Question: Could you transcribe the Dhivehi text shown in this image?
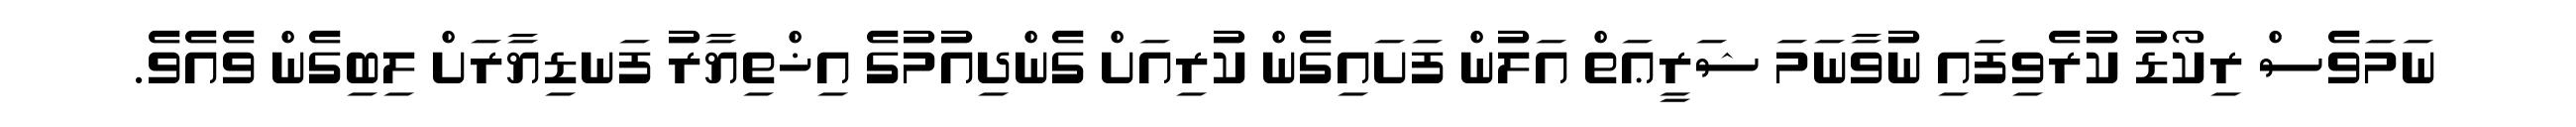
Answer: ނަމަވެސް ރިކޯޑު ކުރެވިފައި ނުވާނަމަ ޝަރީޢަތް އަލުން ފަށައިގެން ކުރިއަށް ގެންދިއުމުގެ އިޚްތިޔާރު ފަނޑިޔާރަށް ލިބިގެން ވެއެވެ.